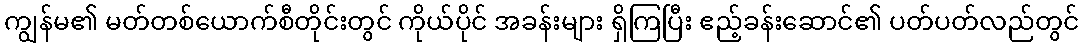
ကျွန်မ၏ မတ်တစ်ယောက်စီတိုင်းတွင် ကိုယ်ပိုင် အခန်းများ ရှိကြပြီး ဧည့်ခန်းဆောင်၏ ပတ်ပတ်လည်တွင်